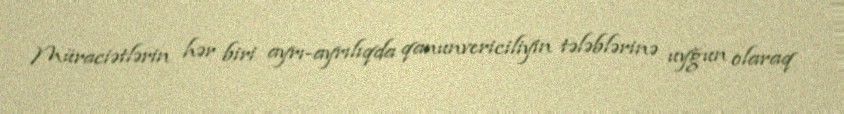
Müraciətlərin hər biri ayrı-ayrılıqda qanunvericiliyin tələblərinə uyğun olaraq